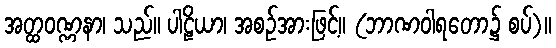
အတ္ထဝဏ္ဏနာ၊ သည်။ ပါဠိယာ၊ အစဉ်အားဖြင့်။ (ဘာဏဝါရတော၌ စပ်)။